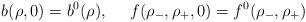
LaTeX: \begin{align*}b(\rho,0)=b^{0}(\rho), ~~~~ f(\rho_{-},\rho_{+},0)=f^{0}(\rho_{-},\rho_{+})\end{align*}